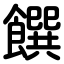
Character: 饌